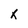
Character: x